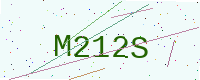
Text: M212S